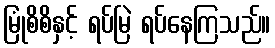
မြုံစိစိနှင့် ရပ်မြဲ ရပ်နေကြသည်။